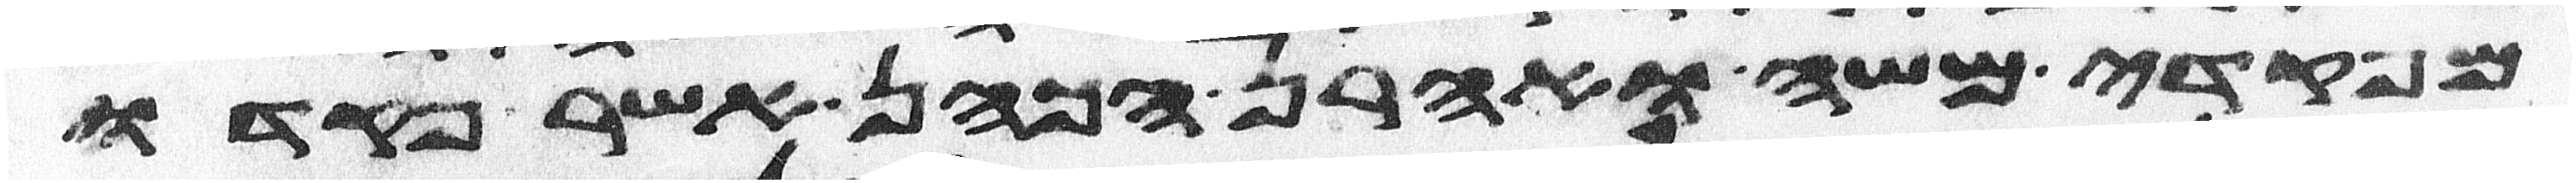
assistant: מפקדי משה ואהרן הכהן אשר פקדו